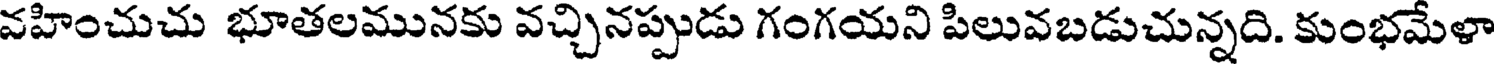
వహించుచు భూతలమునకు వచ్చినప్పుడు గంగయని పిలువబడుచున్నది. కుంభమేళా